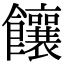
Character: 饟